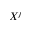
X ^ { j }